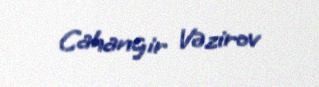
Cahangir Vəzirov